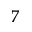
^ 7